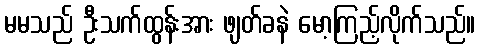
မမသည် ဦးသက်ထွန်းအား ဖျတ်ခနဲ မော့ကြည့်လိုက်သည်။